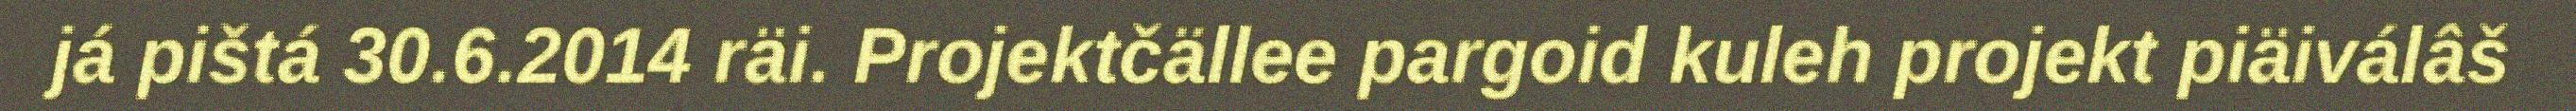
já pištá 30.6.2014 räi. Projektčällee pargoid kuleh projekt piäiválâš